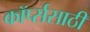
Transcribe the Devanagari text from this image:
कॉर्प्ससाठी